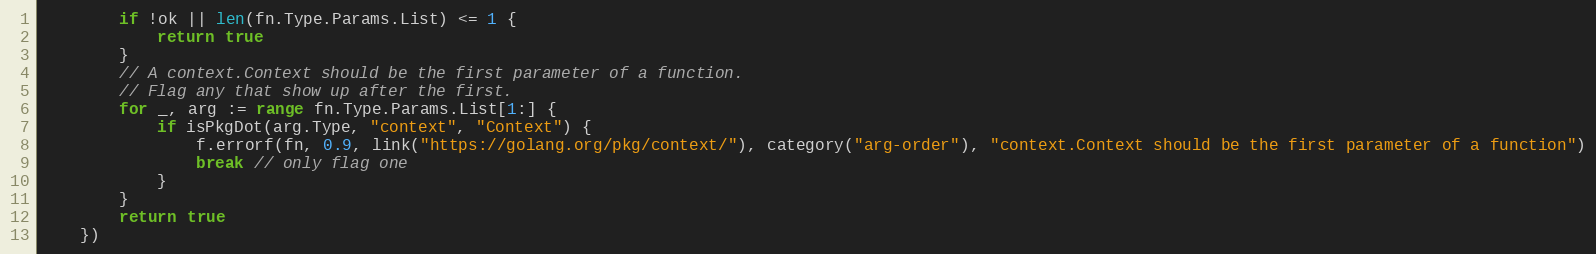
Language: Go
		if !ok || len(fn.Type.Params.List) <= 1 {
			return true
		}
		// A context.Context should be the first parameter of a function.
		// Flag any that show up after the first.
		for _, arg := range fn.Type.Params.List[1:] {
			if isPkgDot(arg.Type, "context", "Context") {
				f.errorf(fn, 0.9, link("https://golang.org/pkg/context/"), category("arg-order"), "context.Context should be the first parameter of a function")
				break // only flag one
			}
		}
		return true
	})